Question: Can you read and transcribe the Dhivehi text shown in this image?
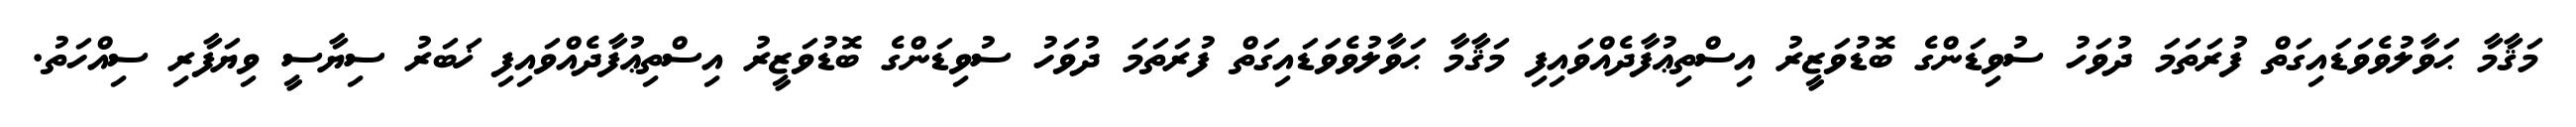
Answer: މަޤާމާ ޙަވާލުވެވަޑައިގަތް ފުރަތަމަ ދުވަހު ސުވިޑަންގެ ބޮޑުވަޒީރު އިސްތިޢުފާދެއްވައިފި މަޤާމާ ޙަވާލުވެވަޑައިގަތް ފުރަތަމަ ދުވަހު ސުވިޑަންގެ ބޮޑުވަޒީރު އިސްތިޢުފާދެއްވައިފި ޚަބަރު ސިޔާސީ ވިޔަފާރި ސިއްހަތު.